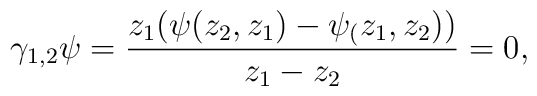
\gamma_{1,2}\psi = \frac{z_1(\psi(z_2,z_1) - \psi_(z_1,z_2))}{z_1 - z_2} = 0 ,